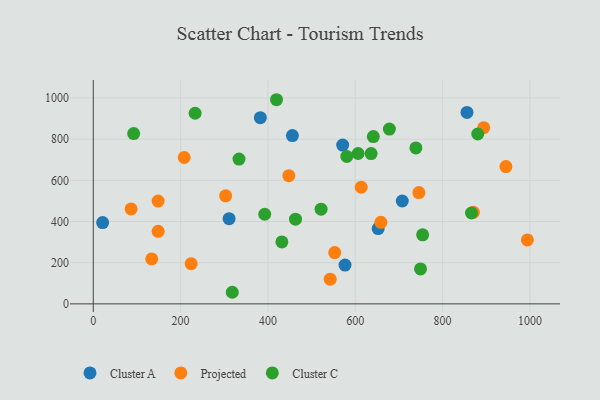
{"axis": {"x": "Price", "y": "Yield"}, "legend": ["Cluster A", "Cluster C", "Projected"], "data": [{"x": "571.1", "y": 771.2, "type": "Cluster A"}, {"x": "382.6", "y": 904.4, "type": "Cluster A"}, {"x": "311.0", "y": 413.5, "type": "Cluster A"}, {"x": "652.4", "y": 365.8, "type": "Cluster A"}, {"x": "855.8", "y": 929.8, "type": "Cluster A"}, {"x": "21.4", "y": 394.8, "type": "Cluster A"}, {"x": "576.5", "y": 188.4, "type": "Cluster A"}, {"x": "456.0", "y": 817.4, "type": "Cluster A"}, {"x": "707.6", "y": 499.6, "type": "Cluster A"}, {"x": "224.2", "y": 195.3, "type": "Projected"}, {"x": "148.5", "y": 499.3, "type": "Projected"}, {"x": "994.1", "y": 310.5, "type": "Projected"}, {"x": "745.7", "y": 540.3, "type": "Projected"}, {"x": "86.6", "y": 461.1, "type": "Projected"}, {"x": "613.6", "y": 566.4, "type": "Projected"}, {"x": "303.1", "y": 524.5, "type": "Projected"}, {"x": "894.1", "y": 855.8, "type": "Projected"}, {"x": "658.6", "y": 396.0, "type": "Projected"}, {"x": "447.8", "y": 622.4, "type": "Projected"}, {"x": "552.9", "y": 248.9, "type": "Projected"}, {"x": "945.0", "y": 666.8, "type": "Projected"}, {"x": "208.2", "y": 710.8, "type": "Projected"}, {"x": "133.8", "y": 218.4, "type": "Projected"}, {"x": "542.5", "y": 119.8, "type": "Projected"}, {"x": "148.5", "y": 352.3, "type": "Projected"}, {"x": "870.5", "y": 444.6, "type": "Projected"}, {"x": "636.3", "y": 729.7, "type": "Cluster C"}, {"x": "521.7", "y": 459.8, "type": "Cluster C"}, {"x": "392.6", "y": 435.1, "type": "Cluster C"}, {"x": "866.1", "y": 441.3, "type": "Cluster C"}, {"x": "463.1", "y": 411.3, "type": "Cluster C"}, {"x": "606.5", "y": 730.2, "type": "Cluster C"}, {"x": "233.2", "y": 925.7, "type": "Cluster C"}, {"x": "92.5", "y": 827.2, "type": "Cluster C"}, {"x": "580.6", "y": 715.8, "type": "Cluster C"}, {"x": "318.3", "y": 56.3, "type": "Cluster C"}, {"x": "880.5", "y": 824.9, "type": "Cluster C"}, {"x": "749.4", "y": 169.7, "type": "Cluster C"}, {"x": "738.8", "y": 757.4, "type": "Cluster C"}, {"x": "641.3", "y": 812.3, "type": "Cluster C"}, {"x": "754.2", "y": 335.1, "type": "Cluster C"}, {"x": "678.1", "y": 848.9, "type": "Cluster C"}, {"x": "333.7", "y": 703.3, "type": "Cluster C"}, {"x": "431.9", "y": 300.7, "type": "Cluster C"}, {"x": "419.6", "y": 991.4, "type": "Cluster C"}]}